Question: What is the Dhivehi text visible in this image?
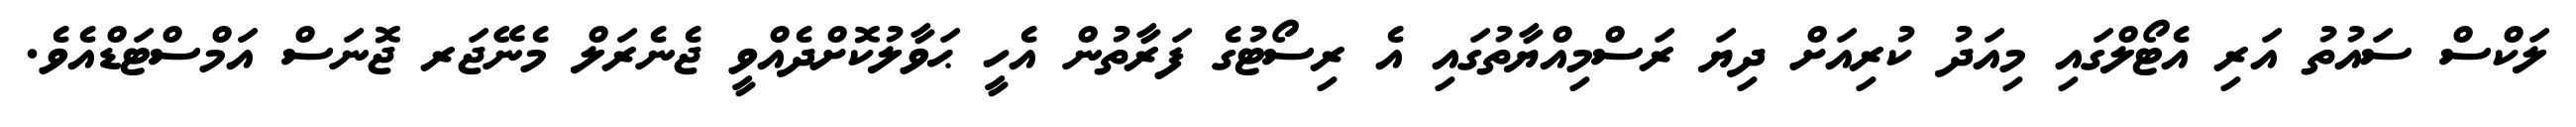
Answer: ލަކްސް ސައުތު އަރި އެޓޯލްގައި މިއަދު ކުރިއަށް ދިޔަ ރަސްމިއްޔާތުގައި އެ ރިސޯޓުގެ ފަރާތުން އެހީ ޙަވާލުކޮށްދެއްވީ ޖެނެރަލް މެނޭޖަރ ޖޮނަސް އަމްސްޓަޑްއެވެ.